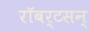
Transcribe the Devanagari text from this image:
रॉबर्टसन्